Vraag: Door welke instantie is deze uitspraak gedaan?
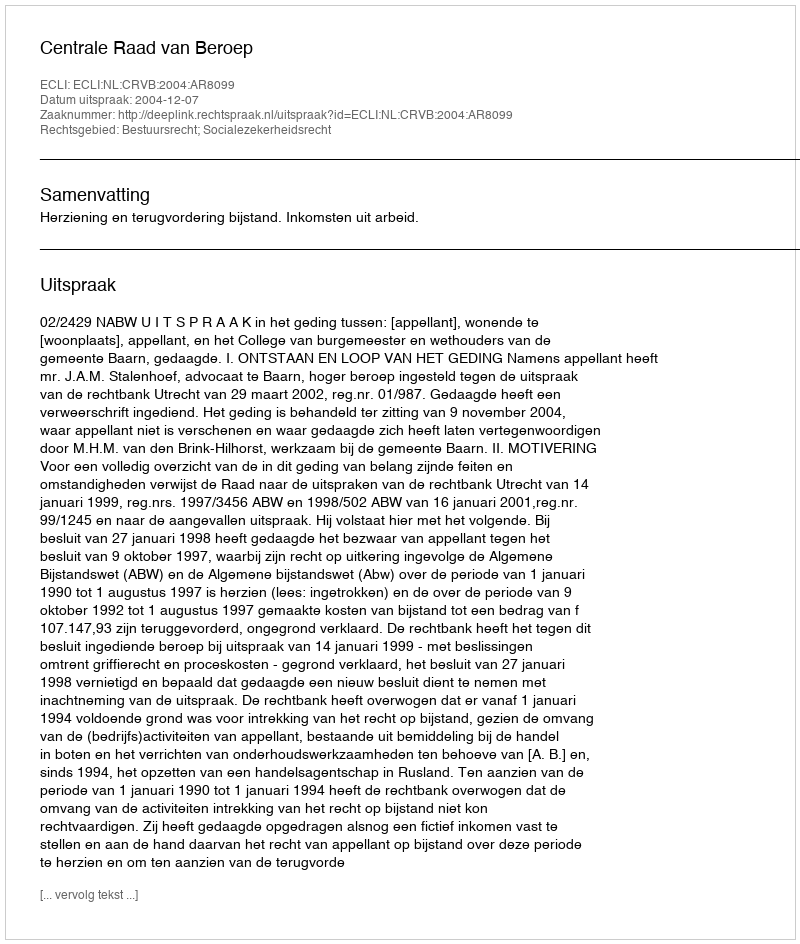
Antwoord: Centrale Raad van Beroep